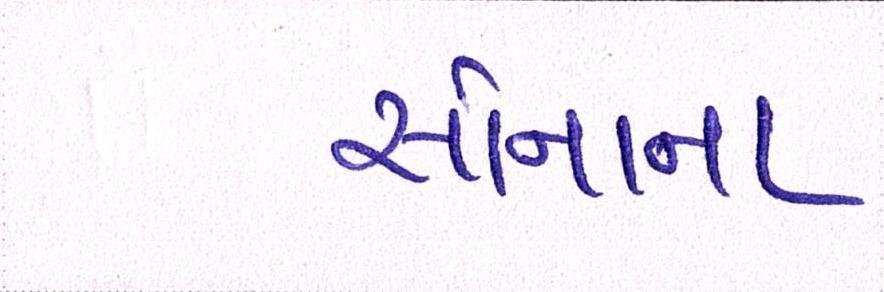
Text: સોનાના